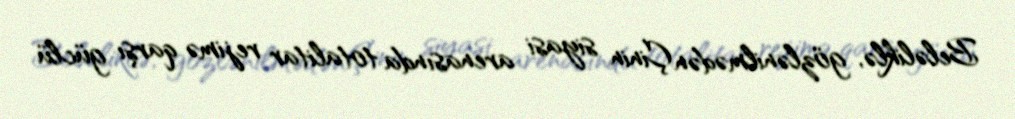
Beləliklə, gözlənilmədən Çinin siyasi arenasında totalitar rejimə qarşı güclü